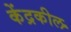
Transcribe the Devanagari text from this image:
केंद्रकील